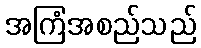
အကြံအစည်သည်